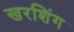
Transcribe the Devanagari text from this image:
खरशिंग